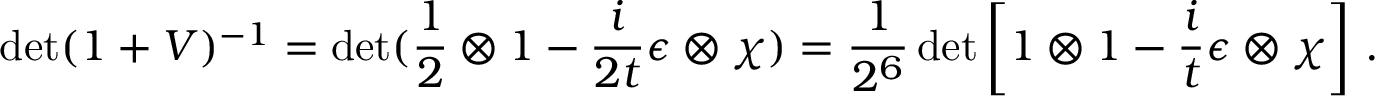
\operatorname * { d e t } ( 1 + V ) ^ { - 1 } = \operatorname * { d e t } ( \frac { 1 } { 2 } \otimes 1 - \frac { i } { 2 t } \epsilon \otimes \chi ) = \frac { 1 } { 2 ^ { 6 } } \operatorname * { d e t } \left[ 1 \otimes 1 - \frac { i } { t } \epsilon \otimes \chi \right] \, .